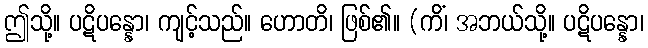
ဤသို့။ ပဋိပန္နော၊ ကျင့်သည်။ ဟောတိ၊ ဖြစ်၏။ (ကိံ၊ အဘယ်သို့။ ပဋိပန္နော၊